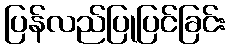
ပြန်လည်ပြုပြင်ခြင်း